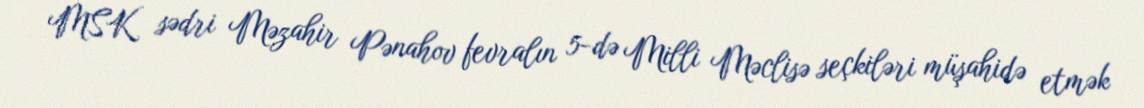
MSK sədri Məzahir Pənahov fevralın 5-də Milli Məclisə seçkiləri müşahidə etmək